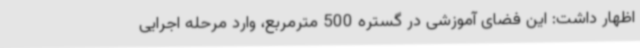
اظهار داشت: این فضای آموزشی در گستره 500 مترمربع، وارد مرحله اجرایی